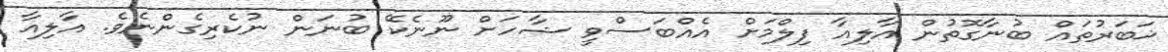
ޚަބަރުތައް ބުނާގޮތުން އާލިއާ ފިލްމަށް އެއްބަސްވީ ޝާހަށް ނޫނެކޭ ބުނަން ނުކެރިގެންނެވެ. އާލިއާ